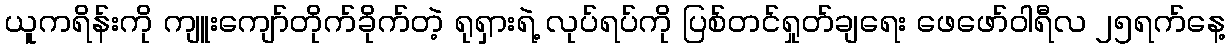
ယူကရိန်းကို ကျူးကျော်တိုက်ခိုက်တဲ့ ရုရှားရဲ့ လုပ်ရပ်ကို ပြစ်တင်ရှုတ်ချရေး ဖေဖော်ဝါရီလ ၂၅ရက်နေ့